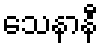
သေနာနီ